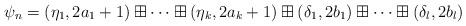
LaTeX: \begin{align*}\psi_n=(\eta_1,2a_1+1)\boxplus\cdots\boxplus(\eta_k,2a_k+1)\boxplus(\delta_1,2b_1)\boxplus\cdots\boxplus(\delta_l,2b_l)\end{align*}